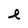
Character: e